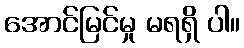
အောင်မြင်မှု မရရှိ ပါ။